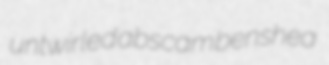
untwirled abscam benshea